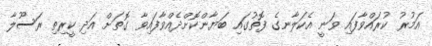
އަމުރު ކުރައްވާފައި ވަނީ އެކަލާނގެ ފޮތުގައި ބަޔާންކޮށްދެއްވާފައިވާ ގޮތަށް އަދި ކީރިތި ރަސޫލާ